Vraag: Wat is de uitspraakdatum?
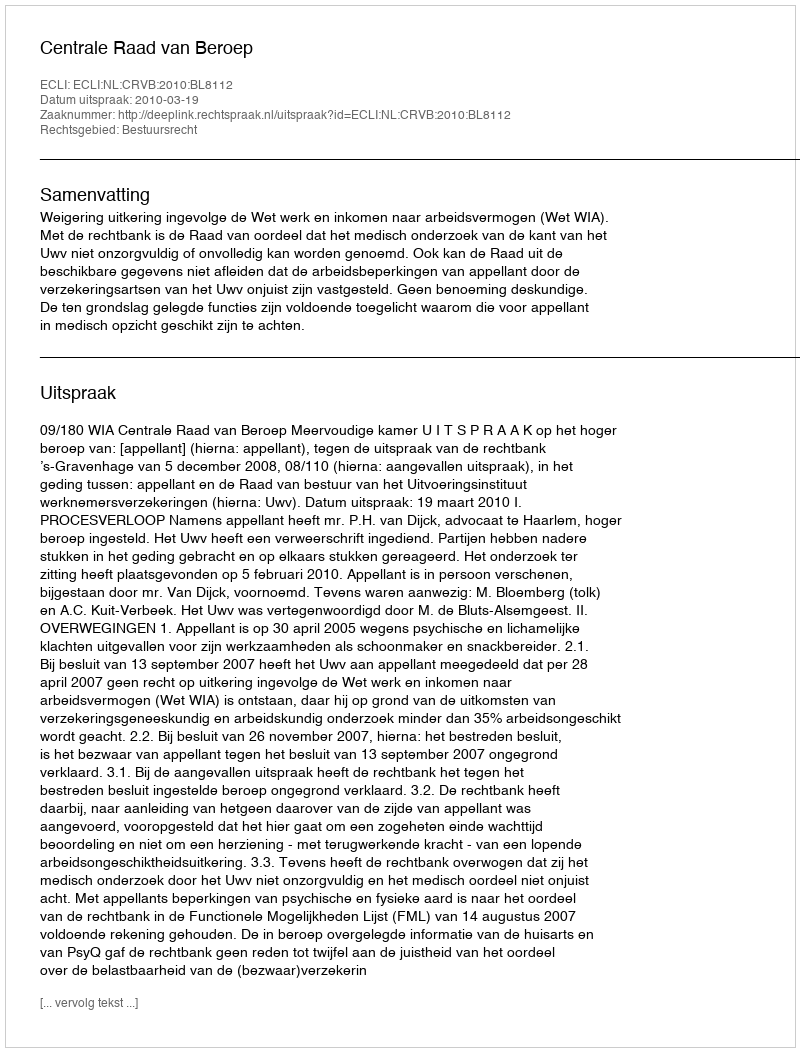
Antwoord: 2010-03-19